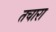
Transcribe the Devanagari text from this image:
तचारा